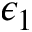
\epsilon _ { 1 }